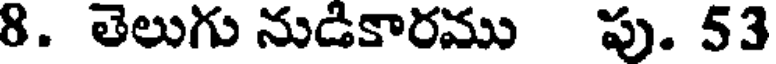
8. తెలుగు నుడికారము పు. 53